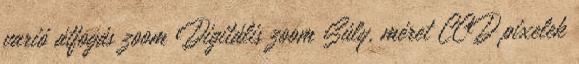
varió átfogás zoom Digitális zoom Súly, méret CCD pixelek